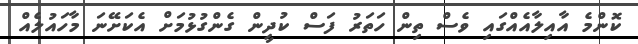
ކޮންމެ އާއިލާއެއްގައި ވެސް ތިން ހަތަރު ފަސް ކުދީން ގެންގުޅުމަށް އެކަށޭނަ މާހައުލެއް